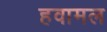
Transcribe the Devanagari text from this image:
हवामल